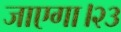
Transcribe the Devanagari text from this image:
जाएगा।२३